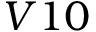
{ V 1 0 }